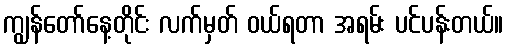
ကျွန်တော်နေ့တိုင်း လက်မှတ် ဝယ်ရတာ အရမ်း ပင်ပန်းတယ်။